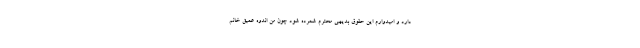
دارد و امیدوارم این حقوق بدیهی محترم شمرده شود چون من اندوه عمیق خانم